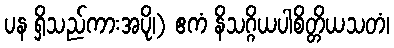
ပန ရှိသည်ကားအပို၊) ဧကံ နိသဂ္ဂိယပါစိတ္တိယသတံ၊